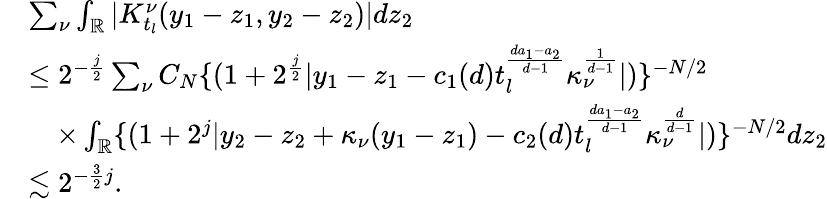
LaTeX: \begin{array}{rl}&{\sum_{\nu}\int_{\mathbb{R}}|K_{t_{l}}^{\nu}(y_{1}-z_{1},y_{2}-z_{2})|dz_{2}}\\ &{\le 2^{-\frac{j}{2}}\sum_{\nu}C_{N}\{ (1+2^{\frac{j}{2}}|y_{1}-z_{1}-c_{1}(d)t_{l}^{\frac{da_{1}-a_{2}}{d-1}}\kappa_{\nu}^{\frac{1}{d-1}}|)\} ^{-N/2}}\\ &{\quad\times\int_{\mathbb{R}}\{ (1+2^{j}|y_{2}-z_{2}+\kappa_{\nu}(y_{1}-z_{1})-c_{2}(d)t_{l}^{\frac{da_{1}-a_{2}}{d-1}}\kappa_{\nu}^{\frac{d}{d-1}}|)\} ^{-N/2}dz_{2}}\\ &{\lesssim 2^{-\frac{3}{2}j}.}\end{array}